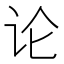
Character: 论